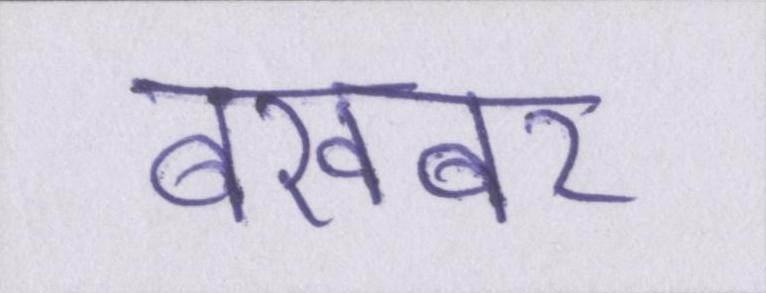
बेखबर